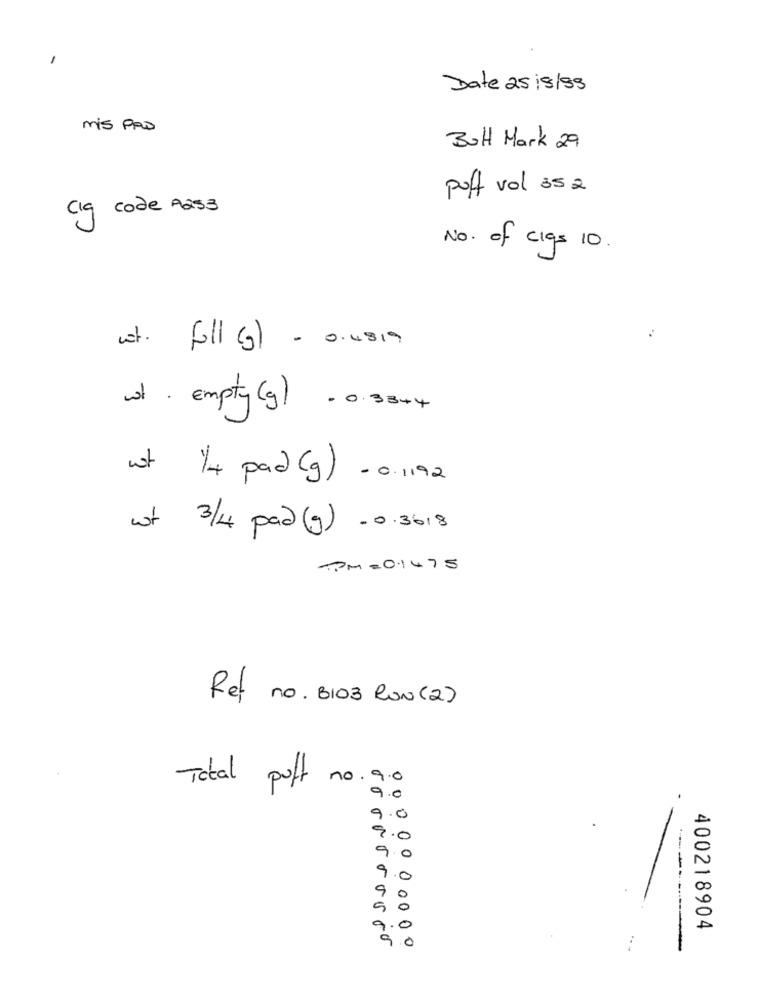
-
Date 25 19/99
mis PAD
Bull Mark 29
puff vol 35 2
Cq code A253
No. of cigs 10.
ust. full (g) - 0.4819
wt . Empty (g) = 0.33+4
ust 1/4 pad (g) . 0.1192
wt 3/4 pad (g) -0.3018
TPM= 0.1475
Ref no. BIO3 RON (2)
.0
Total puff no.
9.0
9.0
9
9
0
------
0
9
400218904
00 00000